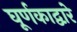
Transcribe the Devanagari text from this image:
घूर्णकाद्वारे